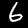
Label: 6